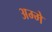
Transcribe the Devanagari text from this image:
अम्मे